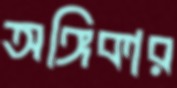
অঙ্গিকার